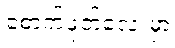
စောက်ဖုတ်လေးမှာ